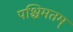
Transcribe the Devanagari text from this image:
पश्चिमतम्